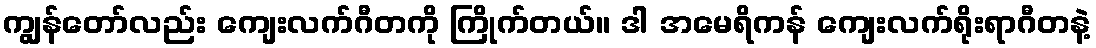
ကျွန်တော်လည်း ကျေးလက်ဂီတကို ကြိုက်တယ်။ ဒါ အမေရိကန် ကျေးလက်ရိုးရာဂီတနဲ့